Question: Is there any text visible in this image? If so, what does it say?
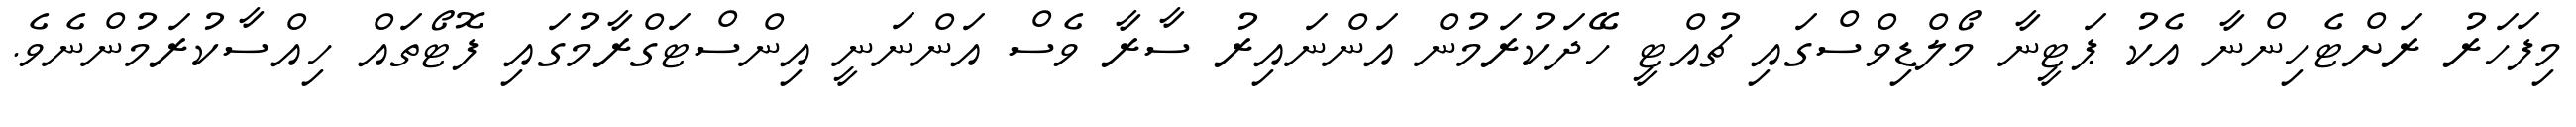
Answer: މިފަހަރު ރަށްޓެހިންނާ އެކު ޕަޓީނާ މޯލްޑިވްސްގައި ޗުއްޓީ ހޭދަކުރަމުން އަންނައިރު ސާރާ ވެސް އަންނަނީ އިންސްޓަގްރާމުގައި ފޮޓޯތައް ހިއްސާކުރަމުންނެވެ.